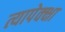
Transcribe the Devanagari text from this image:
त्यापेक्क्षा